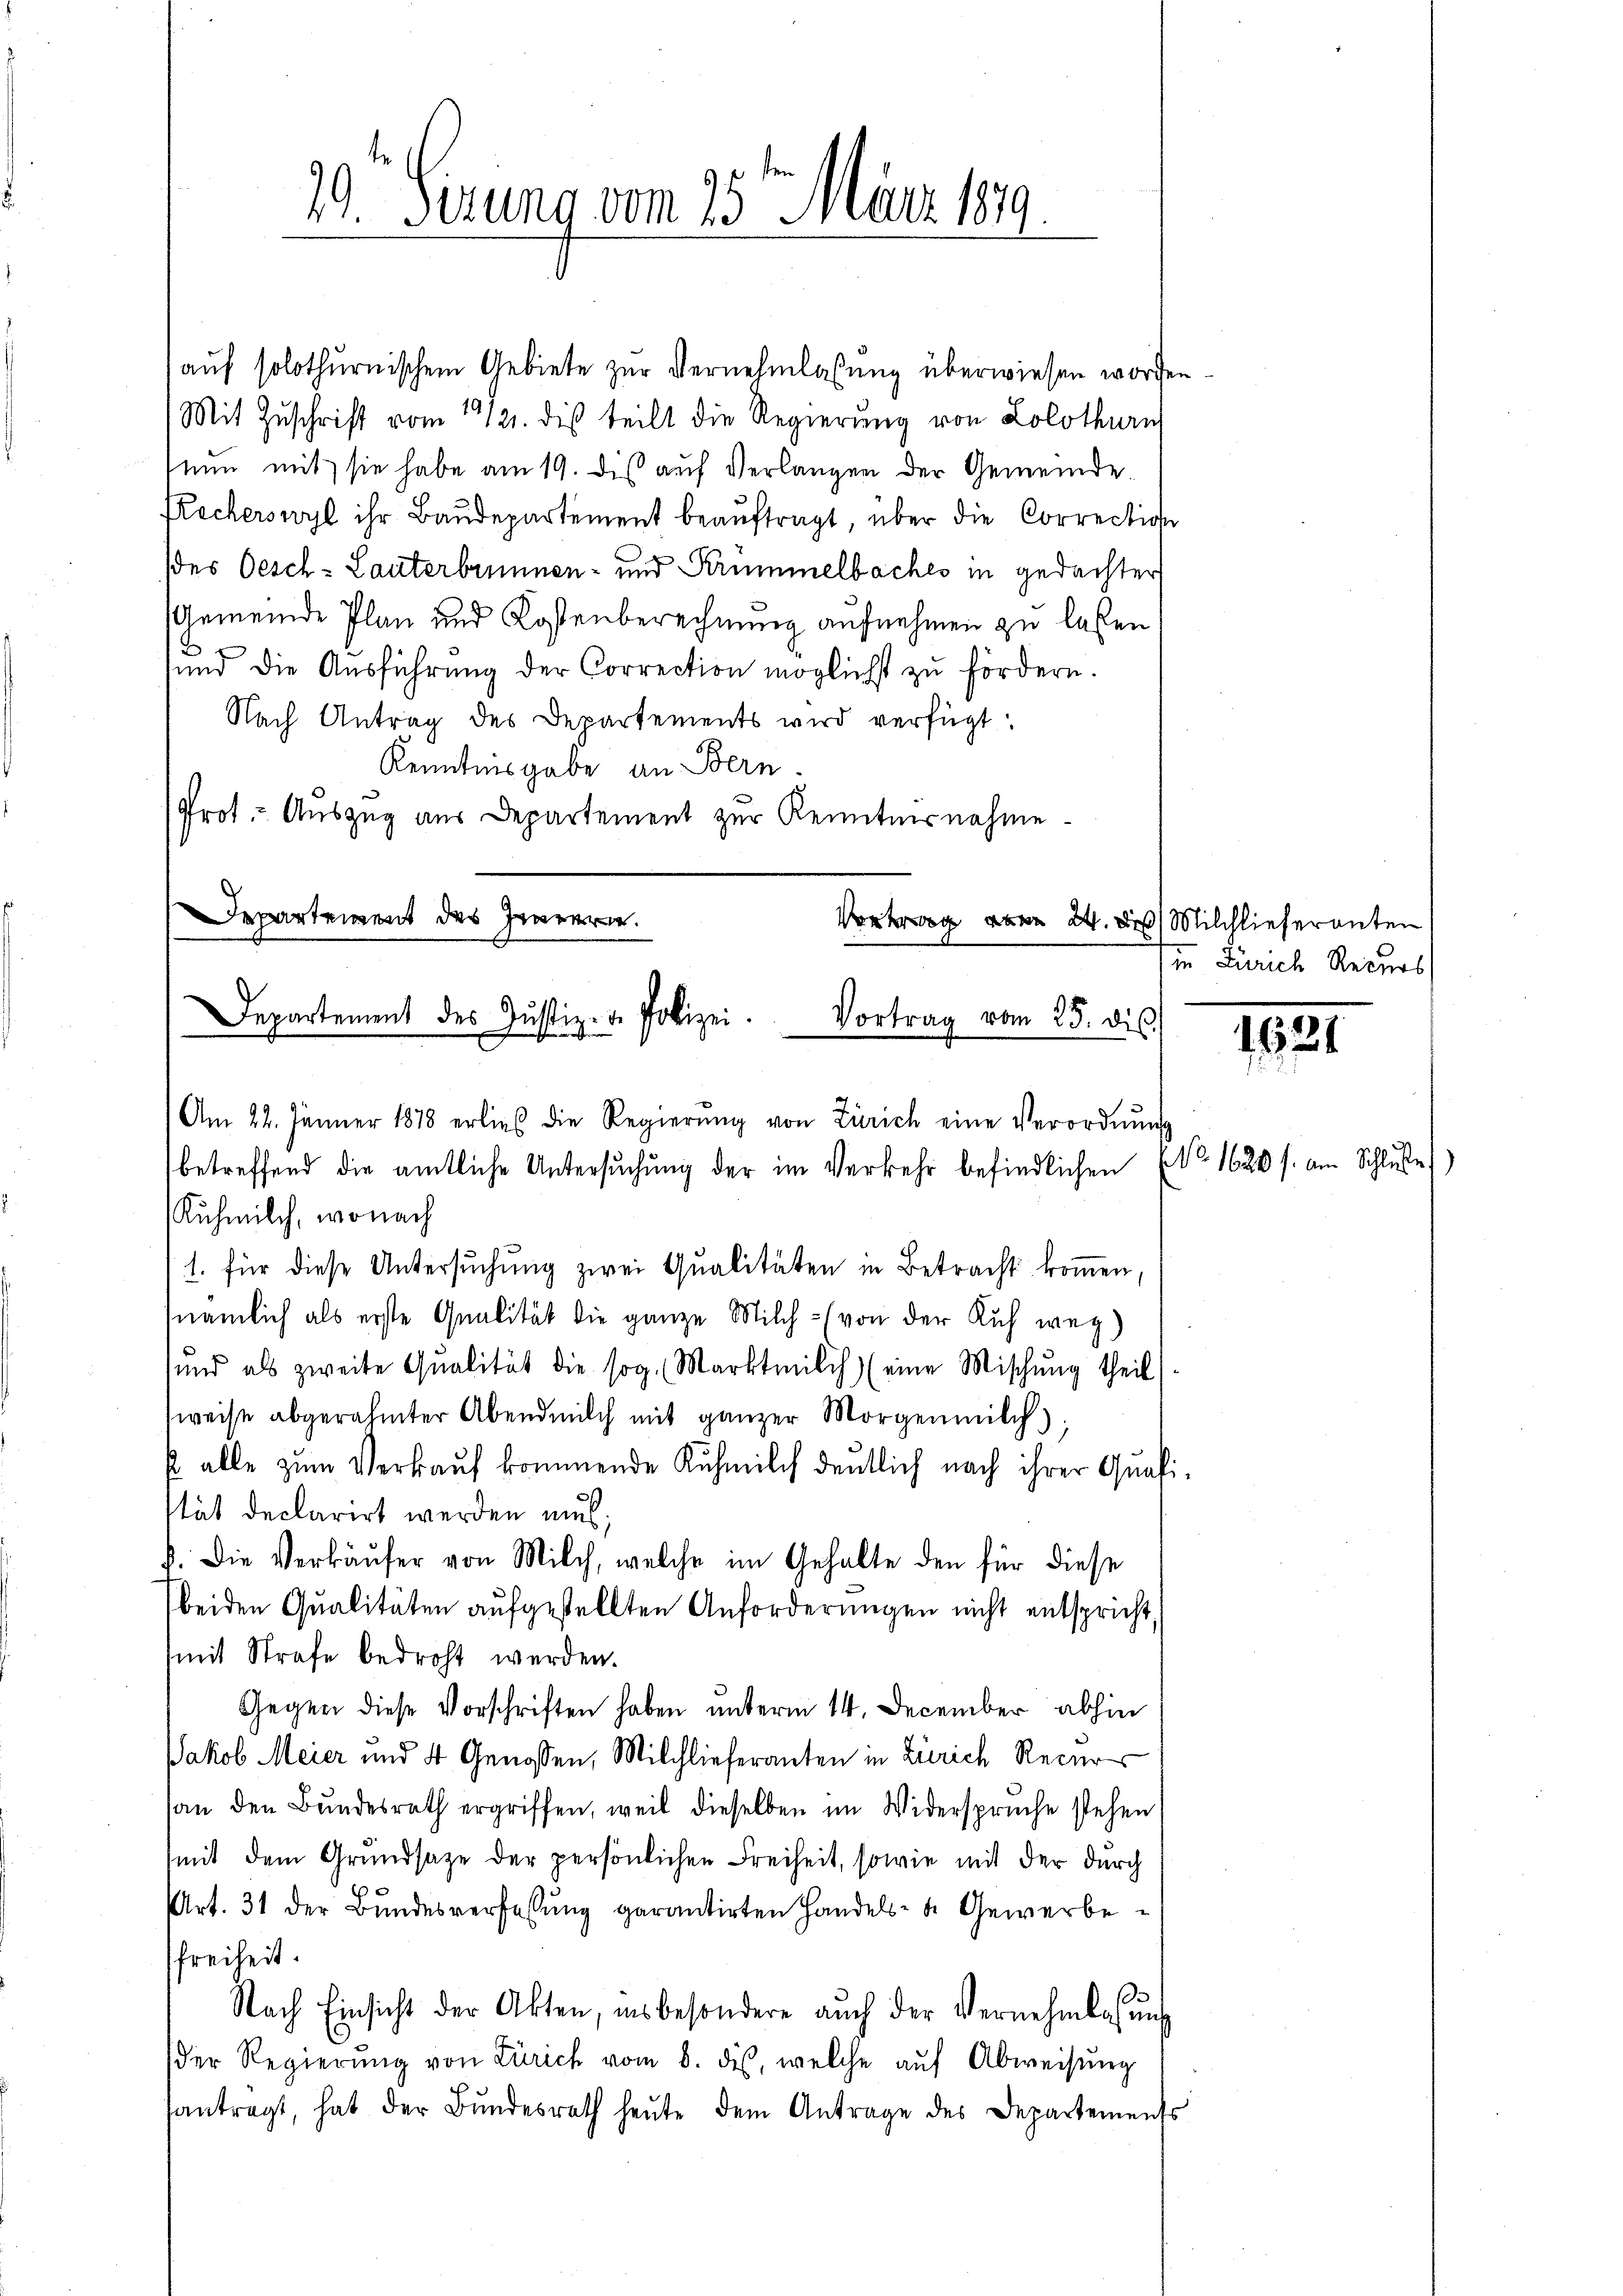
29. Serung vom 15ten März 189.

auf solothurnischem Gebiete zur Vernehmlassung überwiesen worden.
Mit Zuschrift vom 14/21. des teilt die Regierung von Solothurn
nun mit sie habe am 19. dis auf Verlangen der Gemeinde.
Recherswyl ihr Baudepartement beaŭftragt, über die Correction
(des Oesch - Lauterbummen- und Krümmelbaches in gedachter
Gemeinde Plan und Kostenberechnung aufnehmen zu laßen
2
sund die Aŭsführŭng der Correction möglichst zu fördern.
Nach Antrag des Departements wird verfügt:
Kenntnisgabe an Bern.
Prot. - Auszug aus Departement zur Kenntnisnahme
Departement des Innern.
Vortrag vom 24. des Milchlieferanten
Departement des Justiz- u. Polizei.
Vortrag vom 23. dis

Am 22. Jänner 1878 erlies die Regierŭng von Zürich eine Verordnŭng
betreffend die amtliche Untersŭchŭng der im Verkehr befindlichen (No. 1620 f. am Schluße
Ruhmilch, wonach
1. für diese Untersuchung zwei Qualitäten in Betracht kommen,
(nämlich als erste Qualität die ganze Milch (von der Ruf weg
und als zweite Qualität die sog. Marktmilch (eine Mischung theil)
sweise abgerahmter Abend milch mit ganzer Morgenmilch
 alle zum Verkauf kommende Ruhmilch deutlich nach ihrer Quali
stät declarirt werden mus;
d. Die Verkäŭfer von Milch, welche im Gehalte den für diese
beiden Qualitäten aufgestellten Anforderungen nicht entspricht,
mit Strafe bedroht werden.
Gegen diese Vorschriften haben unterm 14. December abhin
Jakob Meier und 4 Genossen, Milchlieferanten in Zürich Recur
(an den Bundesrath ergriffen, weil dieselben im Widersprüche stehen
(mit dem Grundsatze der persönlichen Freiheit, sowie mit der durch
Art. 31 der Bŭndesverfassŭng garantirten Handels- u. Gewerbe-
freiheit.
Nach Einsicht der Akten, insbesondere auch der Vernehmlasŭng
der Regierŭng von Zürich vom 8. des, welche aŭf Abweisŭng
antragt, hat der Bŭndesrath heŭte dem Antrage des Departements

in Zürich Recurs

121